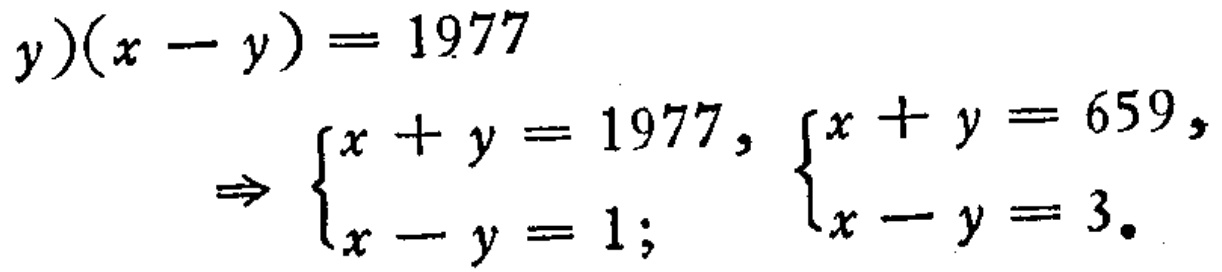
\((x + y)(x - y)=1977\)
\(\Rightarrow \begin{cases}x + y = 1977,\\x - y = 1;\end{cases}\begin{cases}x + y = 659,\\x - y = 3.\end{cases}\)